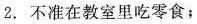
2. 不准在教室里吃零食；